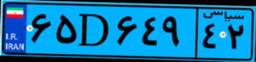
۹۶D۶۱۰۰۸